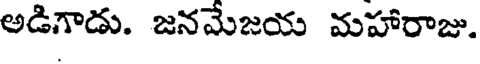
అడిగాడు. జనమేజయ మహారాజు.